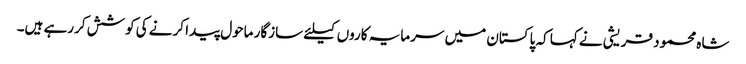
شاہ محمود قریشی نے کہا کہ پاکستان میں سرمایہ کاروں کیلئے سازگار ماحول پیدا کرنے کی کوشش کررہے ہیں۔